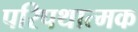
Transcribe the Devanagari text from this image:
परिपथात्मक